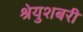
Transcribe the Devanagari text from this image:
श्रेयुशबरी